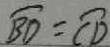
\widehat { B D } = \widehat { C D }